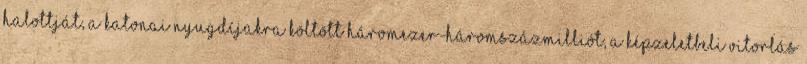
halottját, a katonai nyugdíjakra költött háromezer-háromszázmilliót, a képzeletbeli Vi­torlás